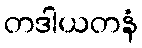
တဒါယတနံ